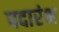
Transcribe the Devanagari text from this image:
पदारंभ